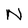
Character: N